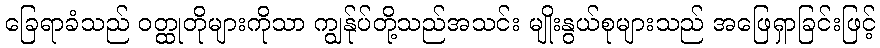
ခြေရာခံသည် ဝတ္ထုတိုများကိုသာ ကျွန်ုပ်တို့သည်အသင်း မျိုးနွယ်စုများသည် အဖြေရှာခြင်းဖြင့်